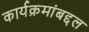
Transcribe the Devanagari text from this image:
कार्यक्रमांबद्दल